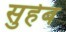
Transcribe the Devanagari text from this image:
सुहेब